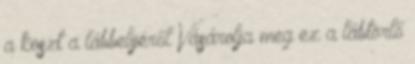
a koszt a lábbelijéről Vásárolja meg ez a lábtörlő